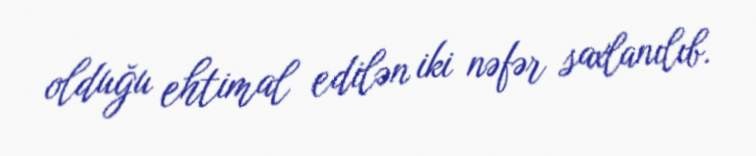
olduğu ehtimal edilən iki nəfər saxlanılıb.